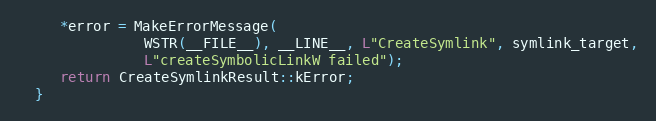
Language: C++
     *error = MakeErrorMessage(
               WSTR(__FILE__), __LINE__, L"CreateSymlink", symlink_target,
               L"createSymbolicLinkW failed");
     return CreateSymlinkResult::kError;
  }